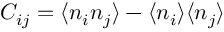
C _ { i j } = \langle n _ { i } n _ { j } \rangle - \langle n _ { i } \rangle \langle n _ { j } \rangle